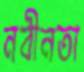
নবীনতা